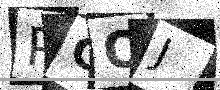
Text: PCOJ